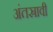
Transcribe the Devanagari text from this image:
अंतस्रावी